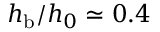
h _ { \mathrm { b } } / h _ { 0 } \simeq 0 . 4